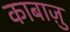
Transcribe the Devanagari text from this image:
काबाज़ु